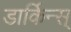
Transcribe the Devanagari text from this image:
डार्किन्स्